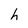
Character: h